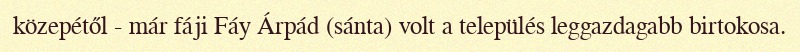
közepétől - már fáji Fáy Árpád (sánta) volt a település leggazdagabb birtokosa.